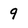
Character: 9